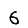
Digit: 6